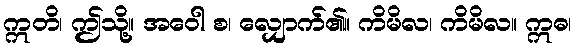
ဣတိ၊ ဤသို့။ အဝေါ စ၊ လျှောက်၏။ ကိမိလ၊ ကိမိလ။ ဣဓ၊